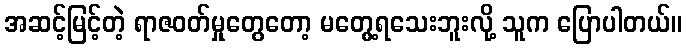
အဆင့်မြင့်တဲ့ ရာဇဝတ်မှုတွေတော့ မတွေ့ရသေးဘူးလို့ သူက ပြောပါတယ်။